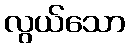
လွယ်သော